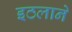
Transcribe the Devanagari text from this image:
इठलाने